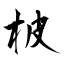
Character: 柀